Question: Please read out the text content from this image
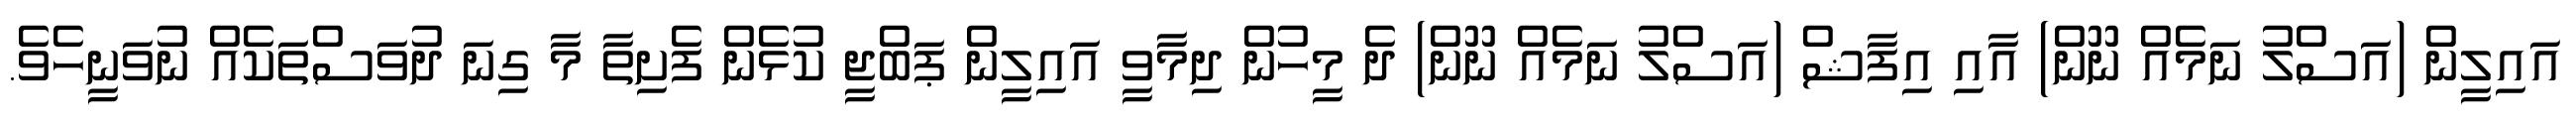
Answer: އައިލީން (އަސްލު ނަމެއް ނޫން) އާއި އިފާޝް (އަސްލު ނަމެއް ނޫން) ދެ މީހުން ދިމާވީ އައިލީން ޕަބްޖީ ކުޅެން ފެށިތާ މާ ގިނަ ދުވަސްތަކެއް ނުވަނީހެވެ.